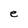
Character: e